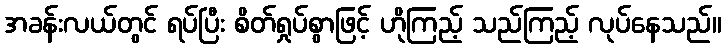
အခန်းလယ်တွင် ရပ်ပြီး စိတ်ရှုပ်စွာဖြင့် ဟိုကြည့် သည်ကြည့် လုပ်နေသည်။